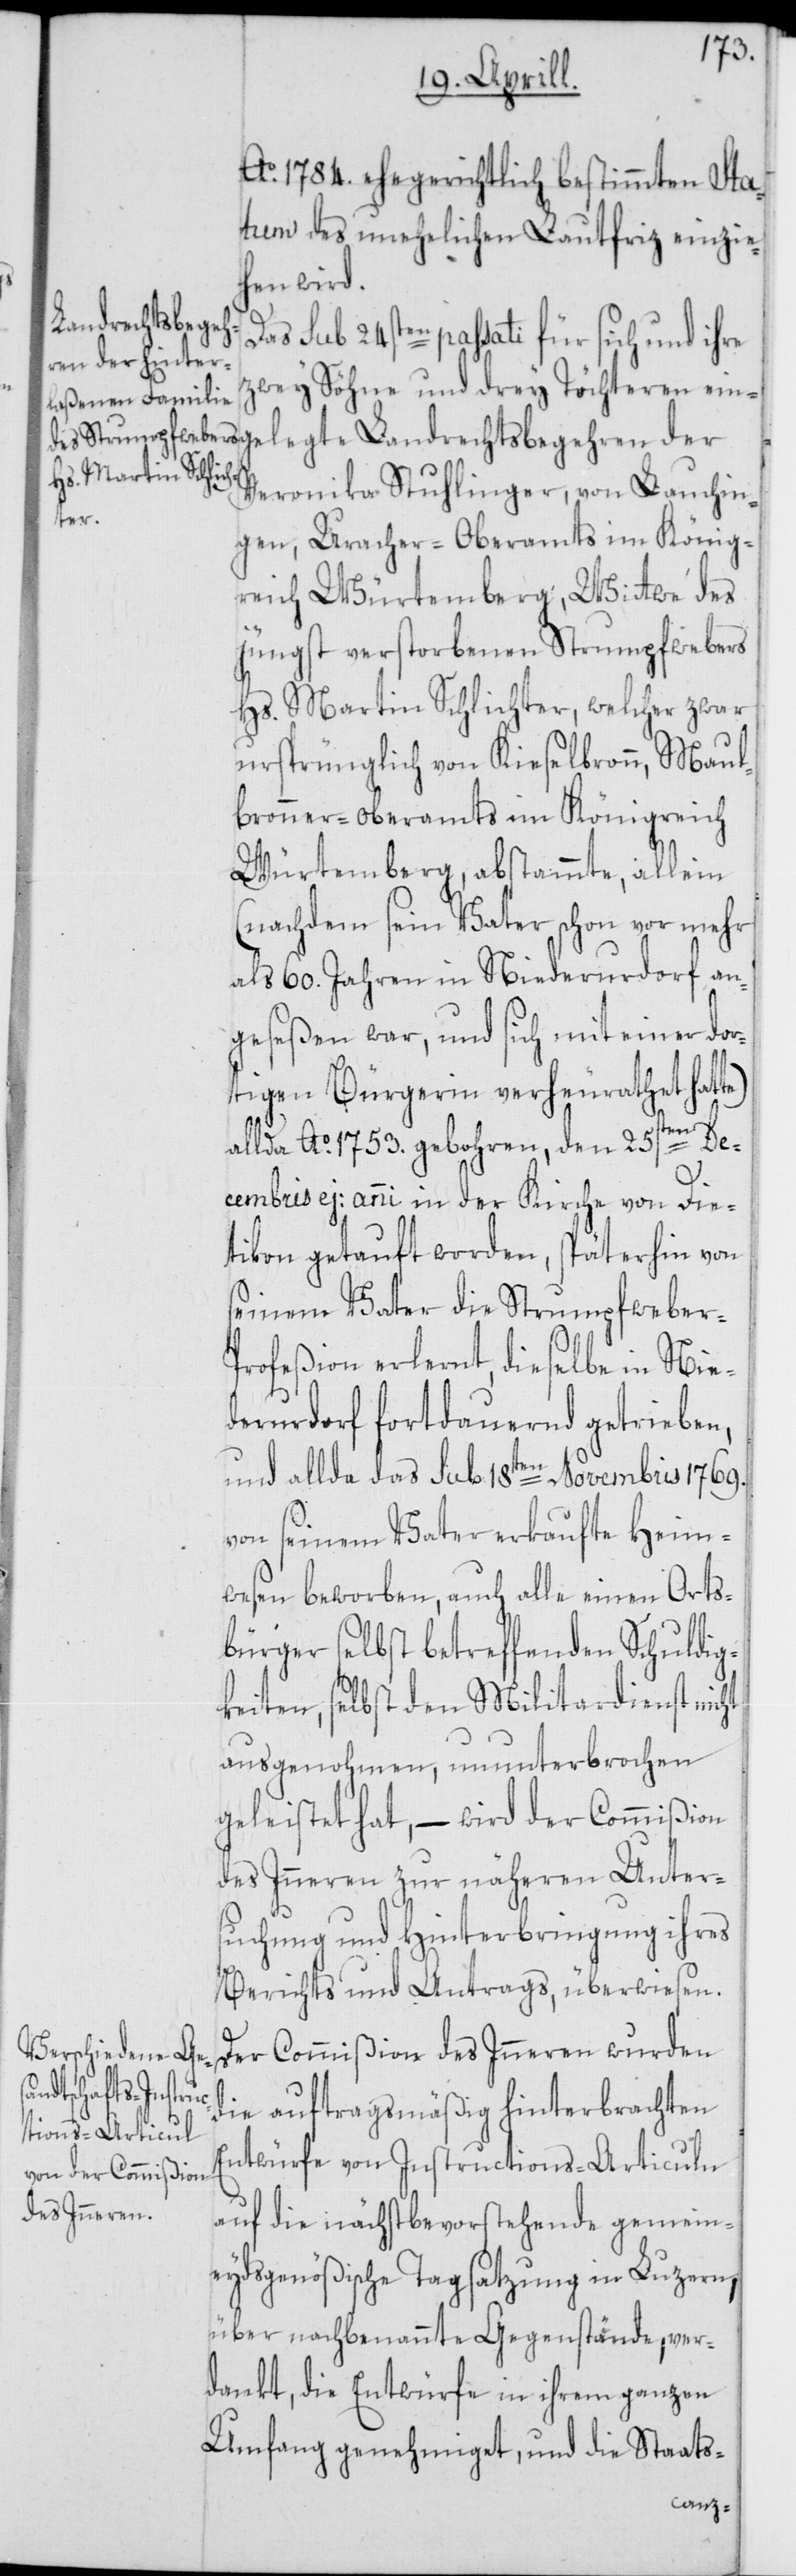
Ao. 1784. ehegerichtlich bestimmten Sta¬
tum des unehelichen Lautfriz einzi¬
ehen wird.
Landrechtsbegeh¬
Das sub 24sten passati für sich und ihre
zwey Söhne und drey Töchteren einge¬
Veronika Stuhlinger, von Lauchin¬
te),
gen, Uracher-Oberamts im König¬
reich Würtemberg, Wittwe des
jüngst verstorbenen Strumpfwebers
Hs. Martin Schlichter, welcher zwar
ursprünglich von Kieselbronn, Maul¬
bronner-Oberamts im Königreich
Würtemberg, abstammte, allein
(nachdem sein Vater schon vor mehr
als 60. Jahren in Niederurdorf an¬
geseßen war, und sich mit einer dor¬
tigen Bürgerin verheurathet hat¬
allda Ao. 1753. gebohren, den 25sten De¬
cembris ej: anni in der Kirche von Die¬
tikon getauft worden, späterhin von
seinem Vater die Strumpfweber-P¬
rofeßion erlernt, dieselbe in Nie¬
derurdorf fortdauernd getrieben,
und allda das sub 18ten Novembris 1769.
von seinem Vater erkaufte Heim¬
wesen beworben, auch alle einen Orts¬
bürger selbst betreffenden Schuldig¬
keiten, selbst den Militardienst nicht
ausgenohmen, ununterbrochen
geleistet hat, – wird der Commißion
des Inneren zur näheren Unter¬
suchung und Hinterbringung ihres
Berichts und Antrags, überwiesen.
Der Commißion des Inneren wurden
die auftragsmäßig hinterbrachten
Entwürfe von Instructions-Articuln
auf die nächstbevorstehende gemein¬
eydsgenößische Tagsatzung in Luzern,
über nachbenannte Gegenstände, ver¬
dankt, die Entwürfe in ihrem ganzen
Umfang genehmiget, und die Staats-
legte